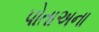
પોતાઅના